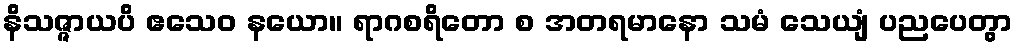
နိသဇ္ဇာယပိ ဧသေဝ နယော။ ရာဂစရိတော စ အတရမာနော သမံ သေယျံ ပညပေတွာ